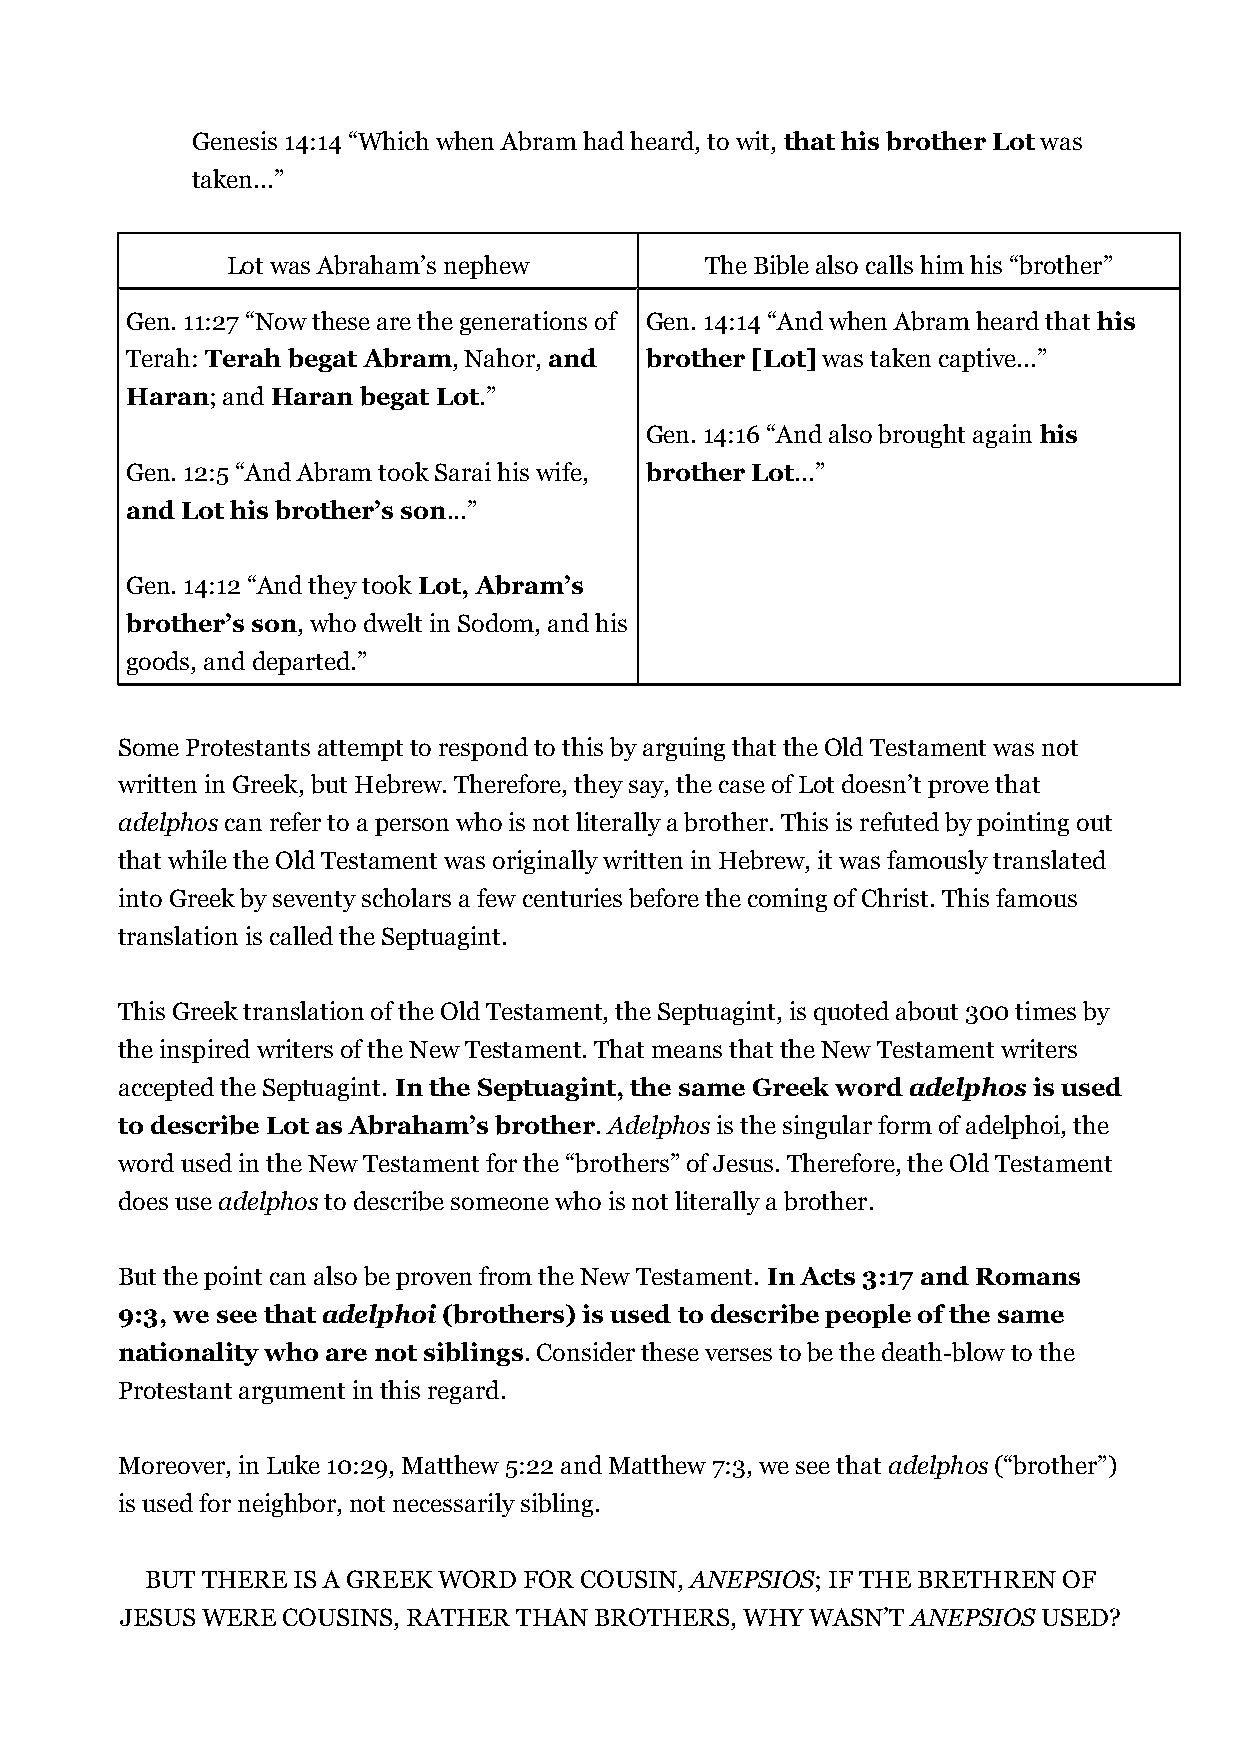
Genesis 14:14 “Which when Abram had heard, to wit, that his brother Lot was
 taken...”
 Lot was Abraham’s nephew        The Bible also calls him his “brother”
 Gen. 11:27 “Now these are the generations of Gen. 14:14 “And when Abram heard that his
 Terah: Terah begat Abram, Nahor, and brother [Lot] was taken captive...”
 Haran; and Haran begat Lot.”
 Gen. 14:16 “And also brought again his
 Gen. 12:5 “And Abram took Sarai his wife, brother Lot...”
 and Lot his brother’s son...”
 Gen. 14:12 “And they took Lot, Abram’s
 brother’s son, who dwelt in Sodom, and his
 goods, and departed.”
 Some Protestants attempt to respond to this by arguing that the Old Testament was not
 written in Greek, but Hebrew. Therefore, they say, the case of Lot doesn’t prove that
 adelphos can refer to a person who is not literally a brother. This is refuted by pointing out
 that while the Old Testament was originally written in Hebrew, it was famously translated
 into Greek by seventy scholars a few centuries before the coming of Christ. This famous
 translation is called the Septuagint.
 This Greek translation of the Old Testament, the Septuagint, is quoted about 300 times by
 the inspired writers of the New Testament. That means that the New Testament writers
 accepted the Septuagint. In the Septuagint, the same Greek word adelphos is used
 to describe Lot as Abraham’s brother. Adelphos is the singular form of adelphoi, the
 word used in the New Testament for the “brothers” of Jesus. Therefore, the Old Testament
 does use adelphos to describe someone who is not literally a brother.
 But the point can also be proven from the New Testament. In Acts 3:17 and Romans
 9:3, we see that adelphoi (brothers) is used to describe people of the same
 nationality who are not siblings. Consider these verses to be the death-blow to the
 Protestant argument in this regard.
 Moreover, in Luke 10:29, Matthew 5:22 and Matthew 7:3, we see that adelphos (“brother”)
 is used for neighbor, not necessarily sibling.
 BUT THERE IS A GREEK WORD FOR COUSIN, ANEPSIOS; IF THE BRETHREN OF
 JESUS WERE COUSINS, RATHER THAN BROTHERS, WHY WASN’T ANEPSIOS USED?